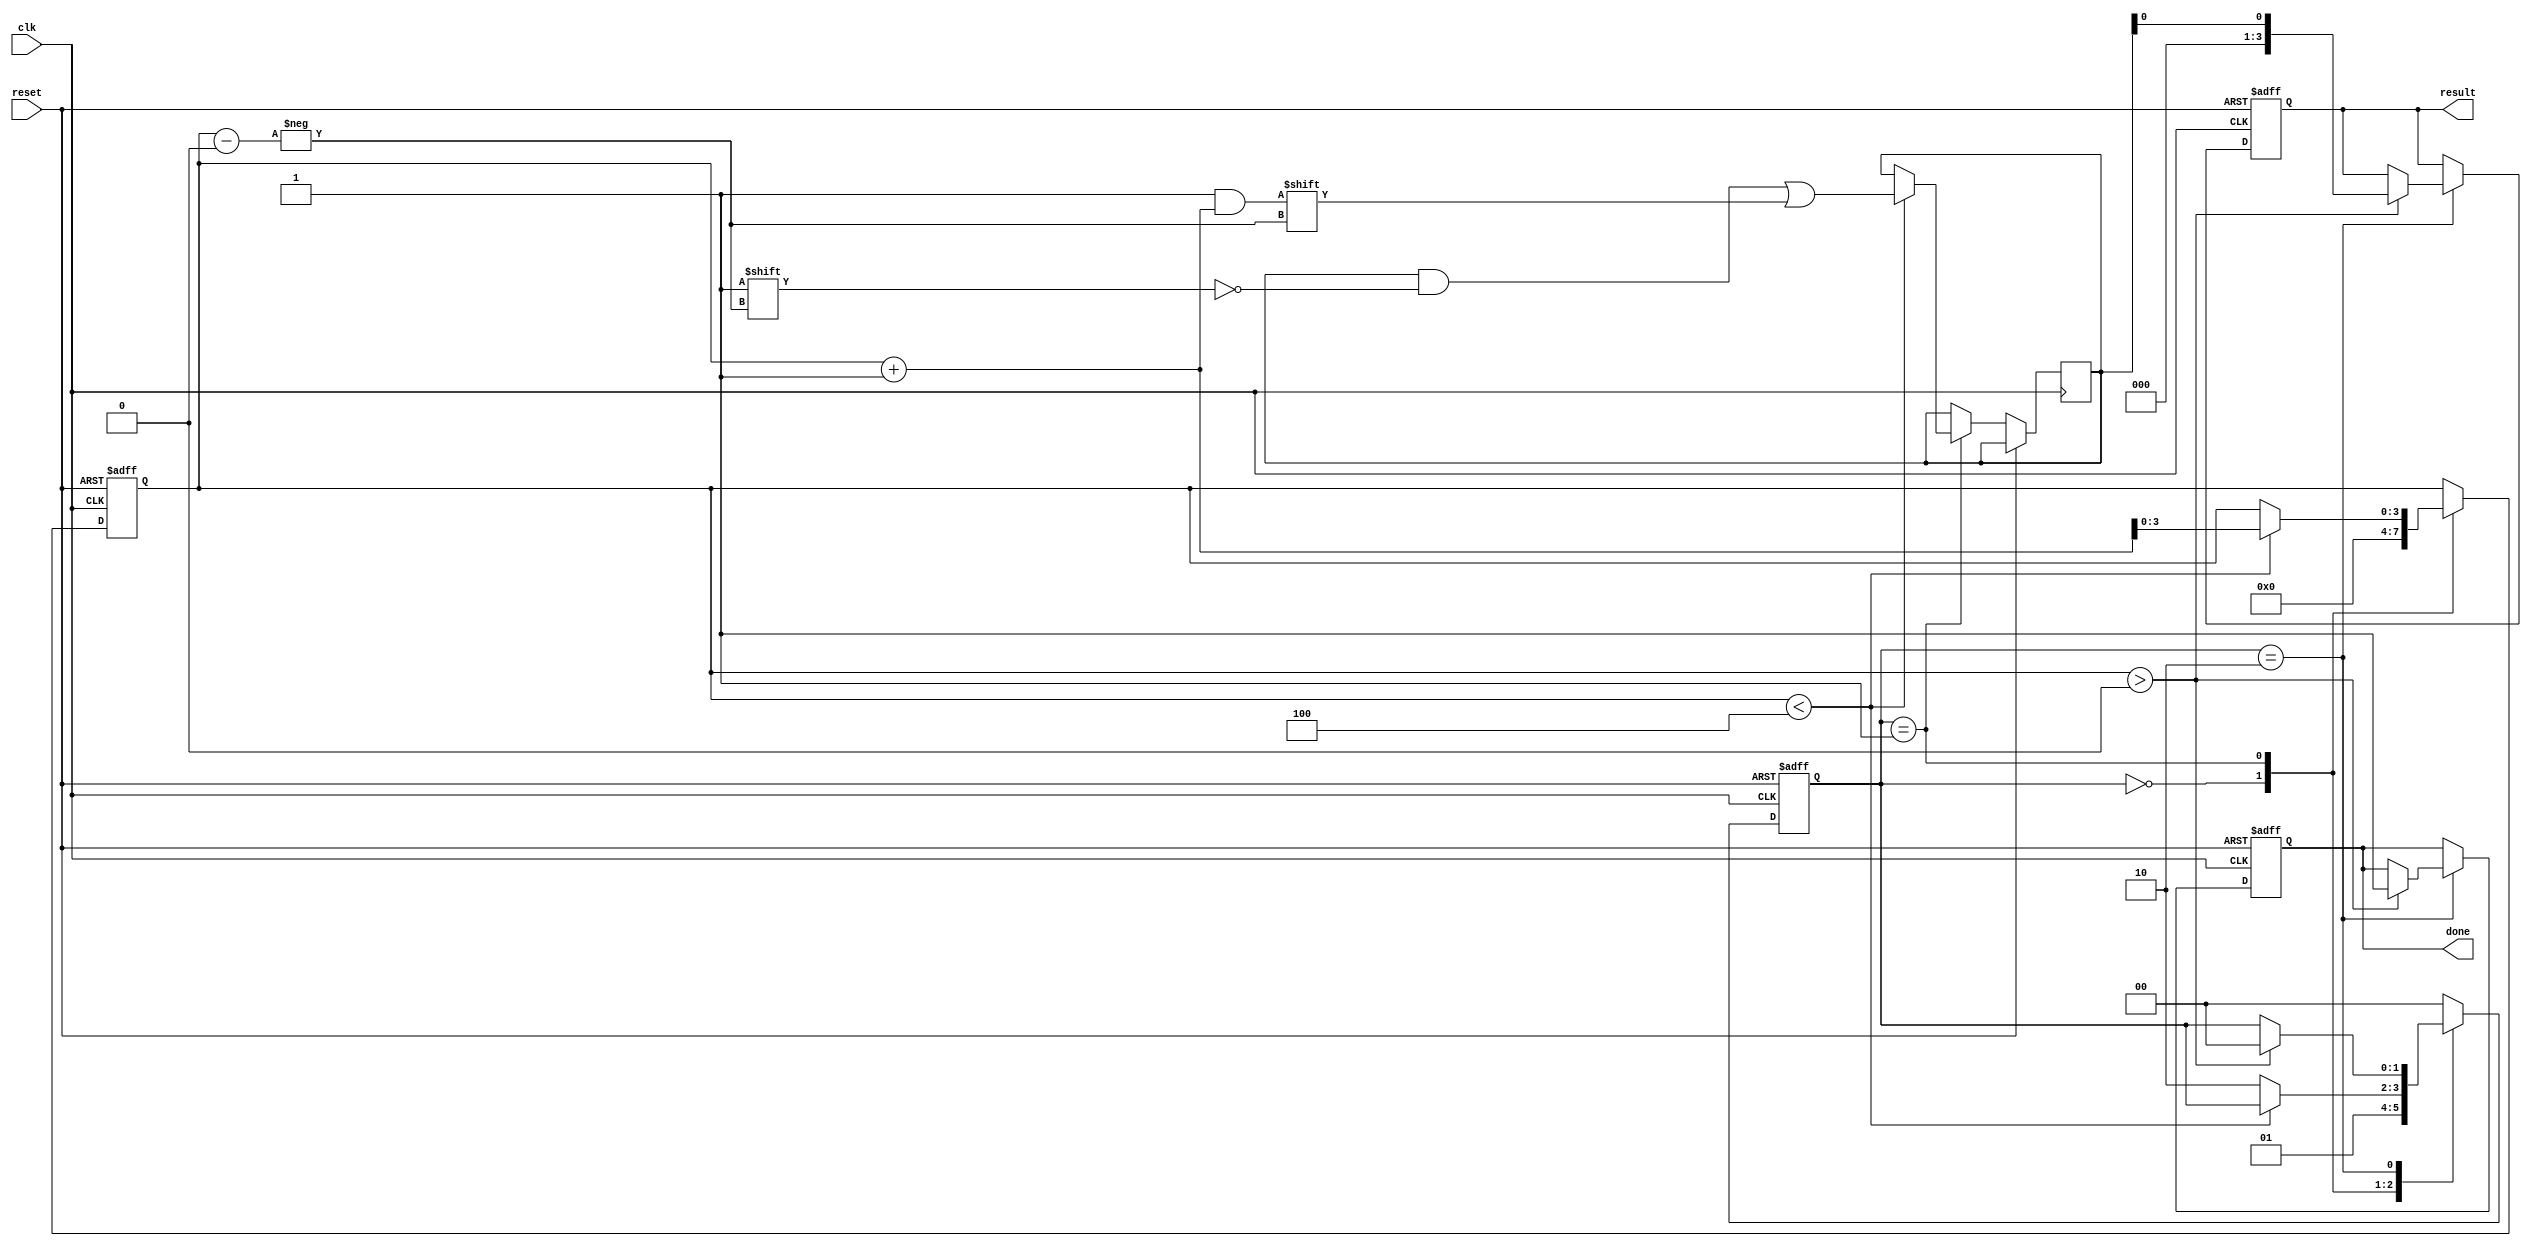
module fork_join_any_example (
    input wire clk,
    input wire reset,
    output reg done,
    output reg [3:0] result
);

    // Internal signals for task completion
    reg [3:0] task_done;
    reg [3:0] task_result;
    reg [1:0] state;

    // Task completion signals
    localparam TASK_COUNT = 4;
    localparam IDLE = 2'b00;
    localparam FORK = 2'b01;
    localparam JOIN = 2'b10;

    // Task execution simulation
    always @(posedge clk or posedge reset) begin
        if (reset) begin
            state <= IDLE;
            done <= 0;
            task_done <= 0;
            result <= 0;
        end else begin
            case (state)
                IDLE: begin
                    // Start the fork phase
                    state <= FORK;
                    task_done <= 0; // Reset task completion
                end

                FORK: begin
                    // Simulate concurrent tasks
                    // Here we can use a simple counter to simulate task completion
                    if (task_done < TASK_COUNT) begin
                        task_done <= task_done + 1;
                        task_result[task_done] <= task_done + 1; // Simulate task result
                    end else begin
                        state <= JOIN; // Move to join phase when all tasks are spawned
                    end
                end

                JOIN: begin
                    // Wait for any task to complete
                    if (task_done > 0) begin
                        done <= 1; // Indicate that a task has completed
                        result <= task_result[0]; // Get the result of the first completed task
                        state <= IDLE; // Go back to idle state
                    end
                end

                default: state <= IDLE;
            endcase
        end
    end

endmodule